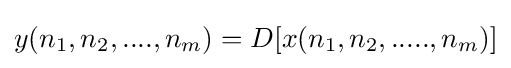
y(n_{1},n_{2},....,n_{m})=D[x(n_{1},n_{2},.....,n_{m})]